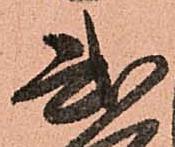
弐